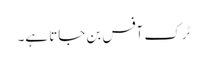
ٹرک آفس بن جاتا ہے۔